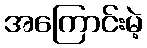
အကြောင်းမဲ့